Lunatic asylums Punjab 1895-1910 - 1895-1910
Year: 1895
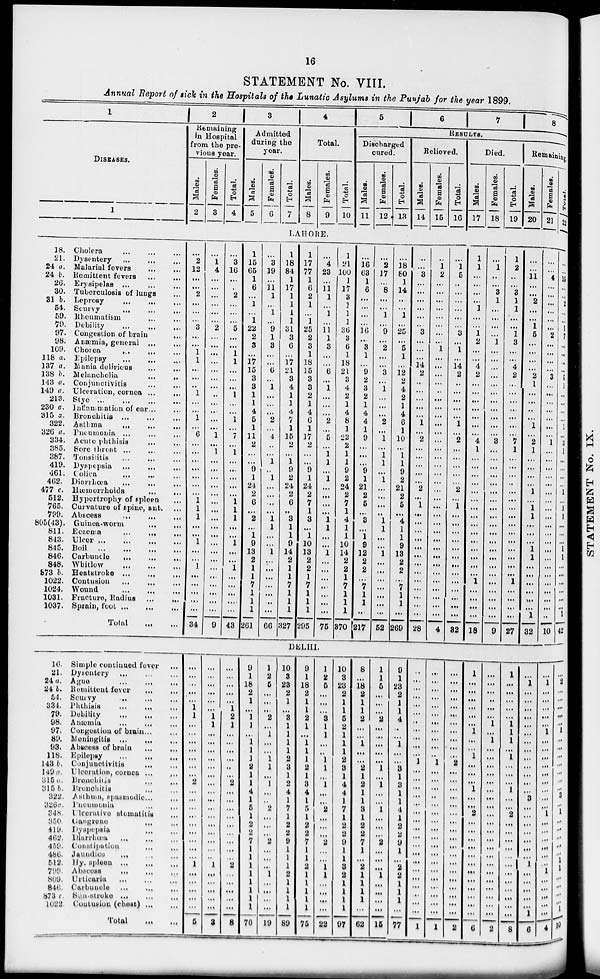
16
STATEMENT No. VIII.
Annual Report of sick in the Hospitals of the Lunatic Asylums in the Punjab for the year 1899.
1
DISEASES.
1
2
Remaining
in Hospital
from the pre-
vious year.
Males.
2
Females.
3
Total.
4
3
Admitted
during the
year.
Males.
5
Females.
6
Total.
7
4
Total.
Males.
8
Females.
9
Total.
10
5
6
7
8
RESULTS.
Discharged
cured.
Males.
11
Females.
12
Total.
13
Relieved.
Males.
14
Females.
15
Total.
16
Died.
Males.
17
Females.
18
Total.
19
Remaining.
Males.
20
Females.
21
Total.
22
LAHORE.
18. Cholera
...
...
...
21. Dysentery
...
...
...
24 a. Malarial fevers
...
...
24 b. Remittent fevers
...
...
26. Erysipelas
...
...
...
30. Tuberculosis of lungs ...
31 b. Leprosy
...
...
...
54. Scurvy
...
...
...
59.
Rheumatism
...
...
79. Debility ... ... ...
97. Congestion of brain
...
98. Anœmia, general
...
...
109. Chorea
...
...
...
118 a. Epilepsy
...
...
...
137 a. Mania delirious
...
...
138 b. Melancholia
...
...
143 a. Conjunctivitis
...
...
149 a. Ulceration, cornea ... ...
213.
Stye ... ... ... ...
230 a. Inflammation of ear ... ...
315 a. Bronchitis ... ... ...
322.
Asthma ... ... ...
326 a. Pneumonia
...
...
...
334. Acute phthisis
...
...
385. Sore throat
...
...
...
387. Tonsilitis
...
...
...
419. Dyspepsia
...
...
...
461. Colica ... ... ...
462. Diarrhœa
...
...
...
477 c.
Hœmorrhoids
...
...
512. Hypertrophy of spleen ...
765. Curvature of spine, ant. ...
799. Abscess
...
...
...
805(43). Guinea-worm
...
...
811. Eczema
...
...
...
843. Ulcer
...
...
...
...
845. Boil
...
...
...
...
846. Carbuncle
...
...
...
848. Whitlow
...
...
...
873 b. Heatstroke
...
...
...
1022. Contusion
...
...
...
1024. Wound
...
...
...
1031. Fracture, Radius
...
...
1037. Sprain, foot
...
...
...
Total ... ...
...
2
12
...
...
2
...
...
...
3
...
...
1
1
...
...
...
1
...
...
1
...
6
...
...
...
...
...
...
...
1
1
1
...
...
1
...
...
1
...
...
...
...
...
34
...
1
4
...
...
...
...
...
...
2
...
...
...
...
...
...
...
...
...
...
...
...
1
...
1
...
...
...
...
...
...
...
...
...
...
...
...
...
...
...
...
...
...
...
9
...
3
16
...
...
2
...
...
...
5
...
...
1
1
...
...
...
1
...
...
1
...
7
...
1
...
...
...
...
...
1
1
1
...
...
1
...
...
1
...
...
...
....
...
43
1
15
65
1
6
...
1
...
1
22
2
3
...
17
15
3
3
1
1
4
5
1
11
2
...
...
9
1
24
2
6
...
2
...
1
9
13
2
1
1
7
1
1
1
261
...
3
19
...
11
1
...
1
...
9
1
3
...
...
6
...
1
...
...
...
2
...
4
...
...
1
...
1
...
...
...
...
1
1
...
...
1
...
...
...
...
...
...
...
66
1
18
84
1
17
1
1
1
1
31
3
6
...
17
21
3
4
1
1
4
7
1
15
2
...
1
9
2
24
2
6
...
3
1
1
9
14
2
1
1
7
1
1
1
327
1
17
77
1
6
2
1
...
1
25
2
3
1
18
15
3
3
2
1
4
6
1
17
2
...
...
9
1
24
2
7
1
3
...
1
10
13
2
2
1
7
1
1
1
295
...
4
23
...
11
1
...
1
...
11
1
3
...
...
6
...
1
...
...
...
2
...
5
...
1
1
...
1
...
...
...
...
1
1
...
...
1
...
...
...
...
...
...
...
75
1
21
100
1
17
3
1
1
1
36
3
6
1
18
21
3
4
2
1
4
8
1
22
2
1
1
9
2
24
2
7
1
4
1
1
10
14
2
2
1
7
1
1
1
370
...
16
63
1
6
...
...
...
...
16
...
3
1
...
9
2
3
2
1
4
4
1
9
...
...
...
9
1
21
2
5
...
3
...
1
9
12
2
2
...
7
1
1
1
217
...
2
17
...
8
...
...
1
...
9
...
2
...
...
3
...
1
...
...
...
2
...
1
...
1
1
...
1
...
...
...
...
1
1
...
...
1
...
...
...
...
...
...
...
52
...
18
80
1
14
...
...
1
...
25
...
5
1
...
12
2
4
2
1
4
6
1
10
...
1
1
9
2
21
2
5
...
4
1
1
9
13
2
2
...
7
1
1
1
269
...
...
3
...
...
...
...
...
...
3
...
...
...
14
2
...
...
...
...
...
1
...
2
...
...
...
...
...
2
...
1
...
...
...
...
...
...
...
...
...
...
...
...
...
28
...
1
2
...
...
...
...
...
...
...
...
1
...
...
...
...
...
...
...
...
...
...
...
...
...
...
...
...
...
...
...
...
...
...
...
...
...
...
...
...
...
...
...
...
4
...
1
5
..
...
...
...
...
...
3
...
1
...
14
2
...
...
...
...
...
1
...
2
...
...
...
...
...
2
...
1
...
...
...
...
...
...
...
...
...
...
...
...
...
32
1
1
...
...
...
...
1
...
...
1
2
...
...
4
2
...
...
...
...
...
...
...
4
1
...
...
...
...
...
...
...
...
...
...
...
...
...
...
...
1
...
...
...
...
18
...
1
...
...
3
1
...
...
...
...
1
...
...
...
...
...
...
...
...
...
...
...
3
...
...
...
...
...
...
...
...
...
...
...
...
...
...
...
...
...
...
...
...
...
9
1
2
...
...
3
1
1
...
...
1
3
...
...
4
2
...
...
...
...
...
...
...
7
1
...
...
...
...
...
...
...
...
...
...
...
...
...
...
...
1
...
...
...
...
27
...
...
11
...
...
2
...
...
1
5
...
...
...
...
2
1
...
...
...
...
1
...
2
1
...
...
...
...
1
...
1
1
...
...
...
1
1
...
...
...
...
...
...
1
32
...
...
4
...
...
...
...
...
...
2
...
...
...
...
3
...
...
...
...
...
...
...
1
...
...
...
...
...
...
...
...
...
...
...
...
...
...
...
...
...
...
...
...
...
10
...
...
15
...
...
2
...
...
1
7
...
...
...
...
5
1
...
...
...
...
1
...
3
1
...
...
...
...
1
...
1
1
...
...
...
1
1
...
...
...
...
...
...
1
42
DELHI.
16. Simple continued fever
...
21. Dysentery
...
...
...
24 a. Ague
...
...
...
24 b. Remittent fever
...
...
54. Scurvy
...
...
...
334. Phthisis
...
...
...
79. Debility
...
...
...
98. Anœmia
...
...
...
97. Congestion of brain ... ...
89. Meningitis
...
...
...
93. Abscess of brain
...
...
118. Epilepsy
...
...
...
143 b. Conjunctivitis ... ...
149 a. Ulceration, cornea ... ...
315 a. Bronchitis
...
...
315
b.
Bronchitis ... ...
322. Asthma, spasmodic ... ...
326 a.
Pneumonia
...
...
348. Ulcerative stomatitis
...
350.
Gangrene
...
...
419. Dyspepsia ... ...
462. Diarrhœa ... ... ...
459. Constipation ... ...
486.
Jaundice ... ... ...
512. Hy. spleen ... ... ...
799. Abscess
...
...
...
809. Urticaria
...
...
...
846. Carbuncle
...
...
...
873 c. Sun-stroke ... ... ...
1022. Contusion (chest) ... ...
Total ... ...
...
...
...
...
...
1
1
...
...
...
...
...
...
...
2
...
...
...
...
...
...
...
...
...
1
...
...
...
...
...
5
...
...
...
...
...
...
1
1
...
...
...
...
...
...
...
...
...
...
...
...
...
...
...
...
1
...
...
...
...
...
3
...
...
...
...
...
1
2
1
...
...
...
...
...
...
2
...
...
...
...
...
...
...
...
...
2
...
...
...
...
...
8
9
1
18
2
1
...
1
1
...
1
1
1
2
1
1
4
1
5
1
2
2
7
1
1
1
1
1
1
1
1
70
1
2
5
...
...
...
2
...
1
...
...
1
1
...
1
...
...
2
...
...
...
2
...
...
...
1
...
...
...
...
19
10
3
23
2
1
...
3
1
1
1
1
2
3
1
2
4
1
7
1
2
2
9
1
1
1
2
1
1
1
1
89
9
1
18
2
1
1
2
1
...
1
1
1
2
1
3
4
1
5
1
2
2
7
1
1
2
1
1
1
1
1
75
1
2
5
...
...
...
3
1
1
...
...
1
1
...
1
...
...
2
...
...
...
2
...
...
1
1
...
...
...
...
22
10
3
23
2
1
1
5
2
1
1
1
2
3
1
4
4
1
7
1
2
2
9
1
1
3
2
1
1
1
1
97
8
...
18
2
1
1
2
...
...
1
...
...
2
1
2
1
1
3
1
2
2
7
1
...
2
1
1
1
1
...
62
1
1
5
...
...
...
2
...
...
...
...
...
1
...
1
...
...
1
...
...
...
2
...
...
...
1
...
...
...
...
15
9
1
23
2
1
1
4
...
...
1
...
...
3
1
3
1
1
4
1
2
2
9
1
...
2
2
1
1
1
...
77
...
...
...
...
...
...
...
...
...
...
...
1
...
...
...
...
...
...
...
...
...
...
...
...
...
...
...
...
...
...
1
...
...
...
...
...
...
...
...
...
...
...
1
...
...
...
...
...
...
...
...
...
...
...
...
...
...
...
...
...
...
1
...
...
...
...
...
...
...
...
...
...
...
2
...
...
...
...
...
...
...
...
...
...
...
...
...
...
...
...
...
...
2
1
...
...
...
...
...
...
1
...
...
1
...
...
...
1
...
...
2
...
...
...
...
...
...
...
...
...
...
...
...
6
...
...
...
...
...
...
1
...
1
...
...
...
...
...
...
...
...
...
...
...
...
...
...
...
...
...
...
...
...
...
2
1
...
...
...
...
...
1
1
1
...
1
...
...
...
1
...
...
2
...
...
...
...
...
...
...
...
...
...
...
...
8
...
1
...
...
...
...
...
...
...
...
...
...
...
...
...
3
...
...
...
...
...
...
...
1
...
...
...
...
...
1
6
...
1
...
...
...
...
...
1
...
...
...
...
...
...
...
...
...
1
...
...
...
...
...
...
1
...
...
...
...
...
4
...
2
...
...
...
...
...
1
...
...
...
...
...
...
...
3
...
1
...
...
...
...
...
1
1
...
...
...
...
1
10